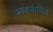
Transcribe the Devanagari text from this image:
भावनाचित्र